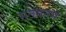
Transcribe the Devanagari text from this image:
मनमनमे